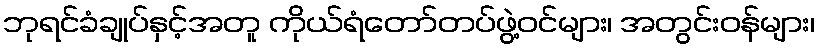
ဘုရင်ခံချုပ်နှင့်အတူ ကိုယ်ရံတော်တပ်ဖွဲ့ဝင်များ၊ အတွင်းဝန်များ၊